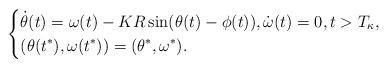
LaTeX: \begin{align*}\begin{dcases}{\dot \theta}(t) =\omega(t)-KR \sin(\theta(t)-\phi(t)), {\dot \omega}(t)=0, t > T_{\kappa}, \\ (\theta(t^{*}), \omega(t^*))=(\theta^{*}, \omega^{*}).\end{dcases}\end{align*}